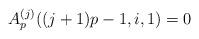
LaTeX: \begin{align*}A_p^{(j)}((j+1)p-1,i,1) = 0\end{align*}